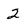
Character: 2